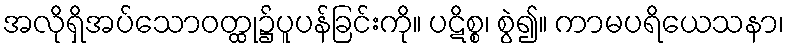
အလိုရှိအပ်သောဝတ္ထု၌ပူပန်ခြင်းကို။ ပဋိစ္စ၊ စွဲ၍။ ကာမပရိယေသနာ၊